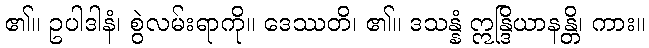
၏။ ဥပါဒါနံ၊ စွဲလမ်းရာကို။ ဒေဿတိ၊ ၏။ ဒသန္နံ ဣန္ဒြိယာနန္တိ၊ ကား။